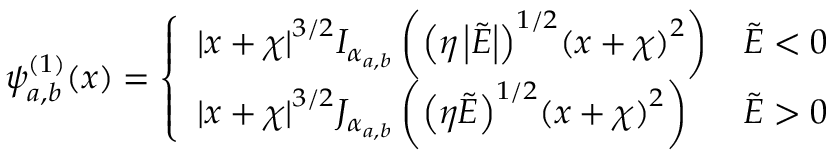
\psi _ { a , b } ^ { ( 1 ) } ( x ) = \left\{ \begin{array} { l l } { { | x + \chi | } ^ { 3 / 2 } I _ { \alpha _ { a , b } } \left( { \left( \eta \left| \tilde { E } \right| \right) } ^ { 1 / 2 } { ( x + \chi ) } ^ { 2 } \right) } & { \tilde { E } < 0 } \\ { { | x + \chi | } ^ { 3 / 2 } J _ { \alpha _ { a , b } } \left( { \left( \eta \tilde { E } \right) } ^ { 1 / 2 } { ( x + \chi ) } ^ { 2 } \right) } & { \tilde { E } > 0 } \end{array} \right.